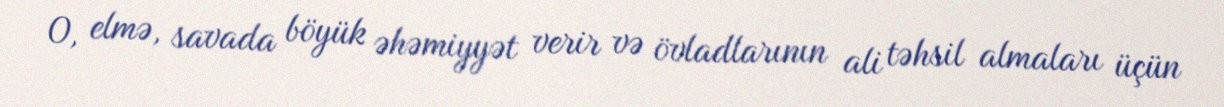
O, elmə, savada böyük əhəmiyyət verir və övladlarının ali təhsil almaları üçün